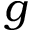
g